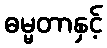
ဓမ္မတာနှင့်